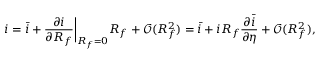
i = \bar { i } + \frac { \partial i } { \partial R _ { f } } \bigg \lvert _ { R _ { f } = 0 } R _ { f } + \mathcal { O } ( R _ { f } ^ { 2 } ) = \bar { i } + i R _ { f } \frac { \partial \bar { i } } { \partial \eta } + \mathcal { O } ( R _ { f } ^ { 2 } ) ,